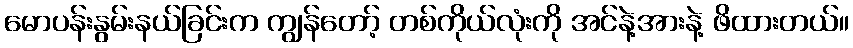
မောပန်းနွမ်းနယ်ခြင်းက ကျွန်တော့် တစ်ကိုယ်လုံးကို အင်နဲ့အားနဲ့ ဖိထားတယ်။